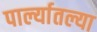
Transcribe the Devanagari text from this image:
पार्ल्यातल्या